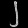
Digit: ၂